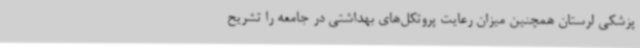
پزشکی لرستان همچنین میزان رعایت پروتکل‌های بهداشتی در جامعه را تشریح